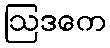
ဩဒကေ